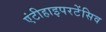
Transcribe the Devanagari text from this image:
एंटीहाइपरटेंसिव